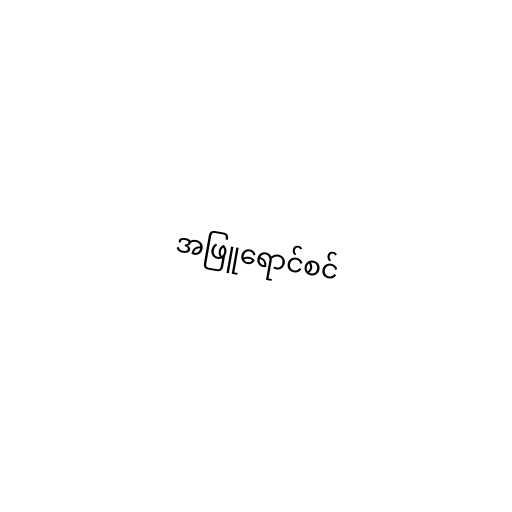
အဖြူရောင်စင်